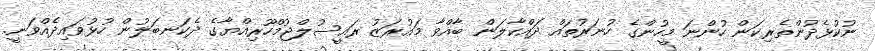
ނުކުޅެދުންތެރިކަން ހުންނަ މީހުންގެ ހުނަރުތައް ދައްކާލަން ބާއްވާ މައުރަޒު ރައީސުލްޖުމްހޫރިއްޔާގެ ދެކަނބަލުން ހުޅުވައިދެއްވަނީ.